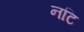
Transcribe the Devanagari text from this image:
नटि